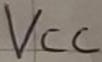
Text: VCC